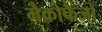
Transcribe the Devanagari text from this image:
मैक्रोफैजों